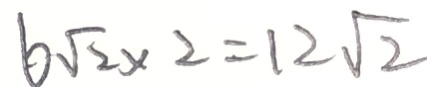
6 \sqrt { 2 } \times 2 = 1 2 \sqrt { 2 }